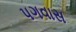
પગવાસ